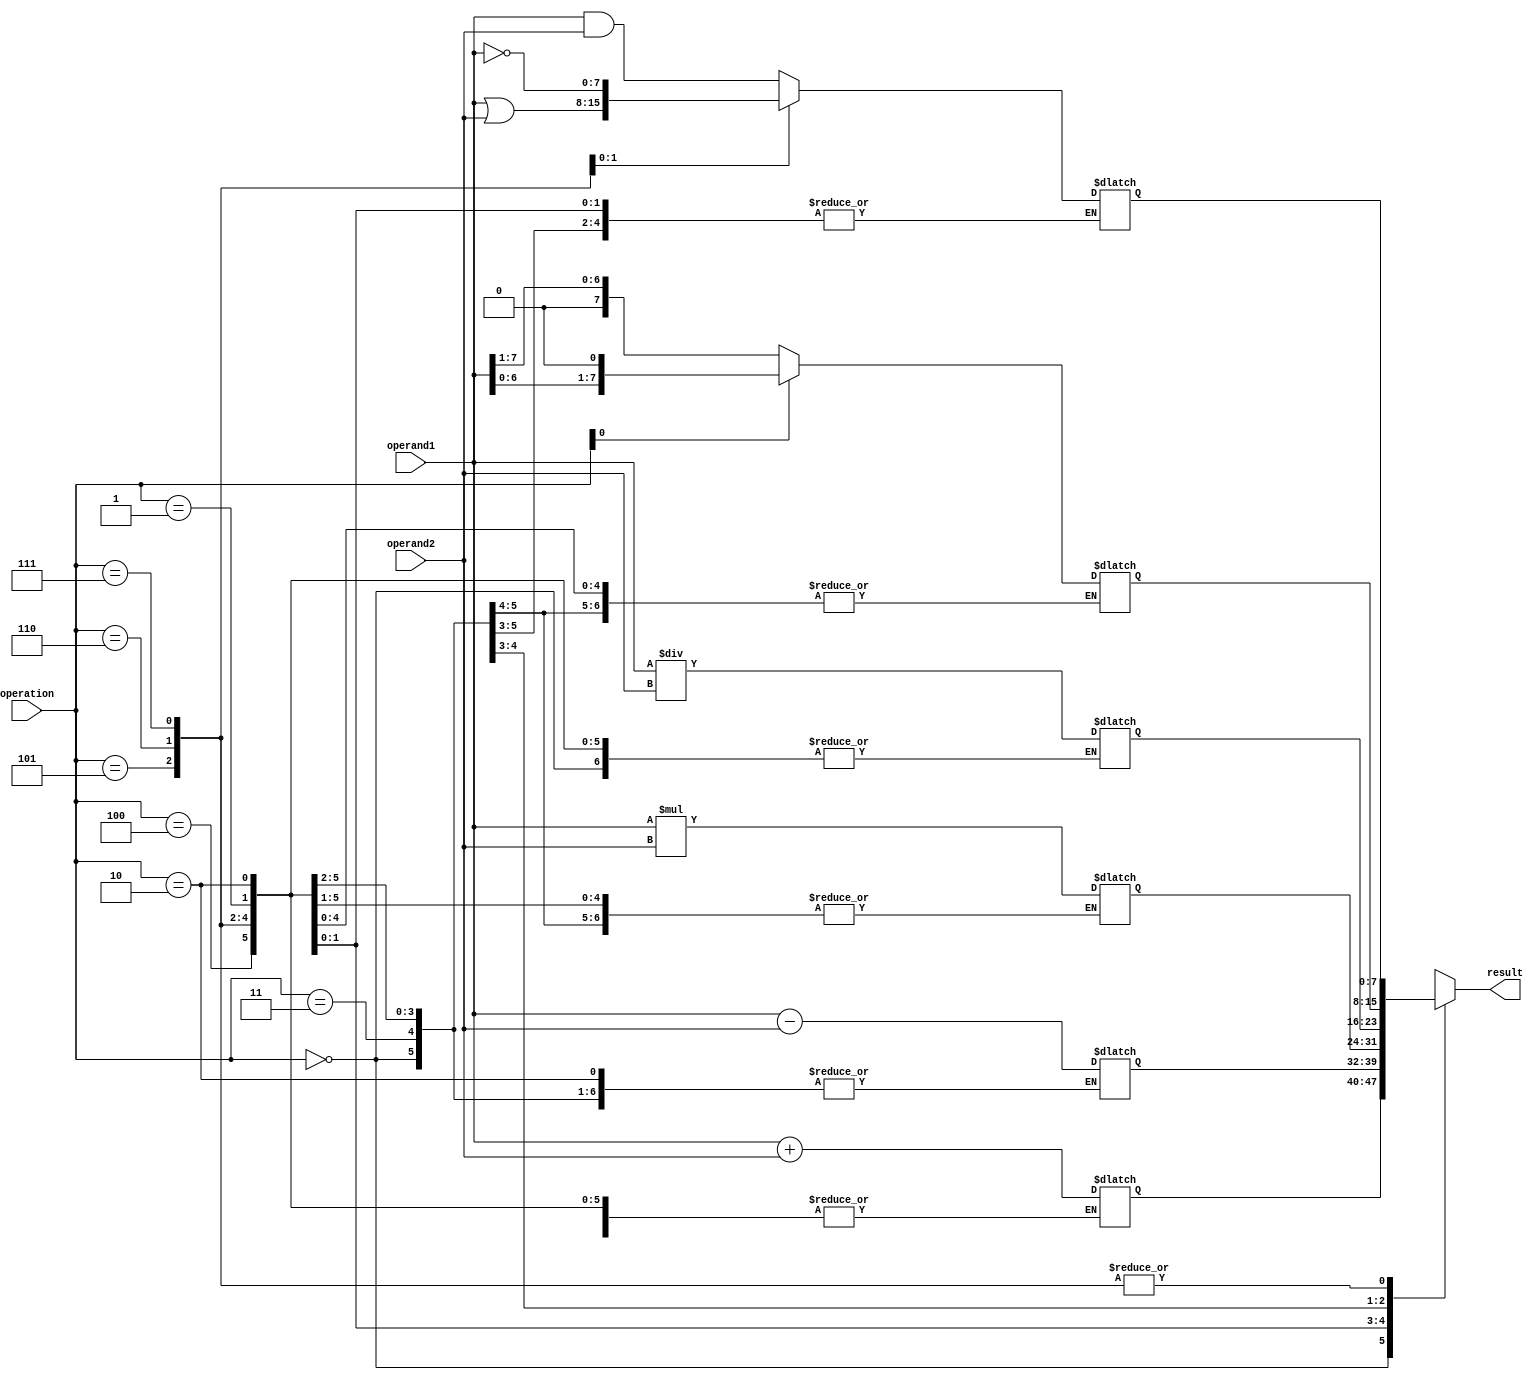
module alu (
    input [7:0] operand1,
    input [7:0] operand2,
    input [2:0] operation,
    output reg [7:0] result
);

// Functional blocks
reg [7:0] add_result;
reg [7:0] sub_result;
reg [7:0] mul_result;
reg [7:0] div_result;
reg [7:0] shift_result;
reg [7:0] logic_result;

// Arithmetic and Logical Operations
always @(*)
begin
    case(operation)
        3'b000: add_result = operand1 + operand2; // Addition
        3'b001: sub_result = operand1 - operand2; // Subtraction
        3'b010: mul_result = operand1 * operand2; // Multiplication
        3'b011: div_result = operand1 / operand2; // Division
        3'b100: shift_result = (operation[0] == 1) ? operand1 << 1 : operand1 >> 1; // Shift
        3'b101: logic_result = operand1 & operand2; // Bitwise AND
        3'b110: logic_result = operand1 | operand2; // Bitwise OR
        3'b111: logic_result = ~operand1; // Bitwise NOT
    endcase
end

// Output selection based on control signals
always @(*)
begin
    case(operation)
        3'b000: result = add_result;
        3'b001: result = sub_result;
        3'b010: result = mul_result;
        3'b011: result = div_result;
        3'b100: result = shift_result;
        3'b101: result = logic_result;
        3'b110: result = logic_result;
        3'b111: result = logic_result;
    endcase
end

endmodule